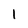
Character: 1